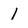
Character: l